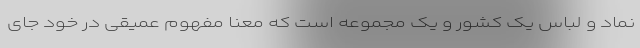
نماد و لباس یک کشور و یک مجموعه است که معنا مفهوم عمیقی در خود جای